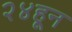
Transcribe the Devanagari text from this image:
२४हून